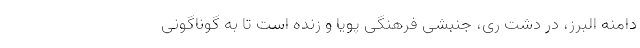
دامنه البرز، در دشت ری، جنبشی فرهنگی پویا و زنده است تا به گوناگونی